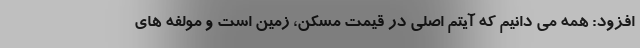
افزود: همه می دانیم که آیتم اصلی در قیمت مسکن، زمین است و مولفه های